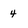
Character: 4